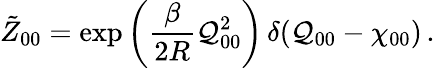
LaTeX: \tilde{Z}_{00}=\exp\left(\frac{\beta}{2R}{\cal Q}_{00}^{2}\right)\, \delta({\cal Q}_{00}-\chi_{00})\, .